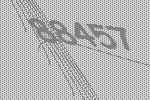
88457